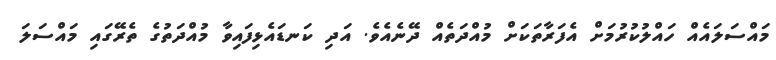
މައްސަލައެއް ހައްލުކުރުމަށް އެފަރާތަކަށް މުއްދަތެއް ދޭނެއެވެ. އަދި ކަނޑައެޅިފައިވާ މުއްދަތުގެ ތެރޭގައި މައްސަލަ